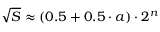
{ \sqrt { S } } \approx ( 0 . 5 + 0 . 5 \cdot a ) \cdot 2 ^ { n }